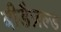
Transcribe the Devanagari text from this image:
बीडैज़ल्ड